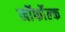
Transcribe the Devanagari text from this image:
नॉर्फोल्क